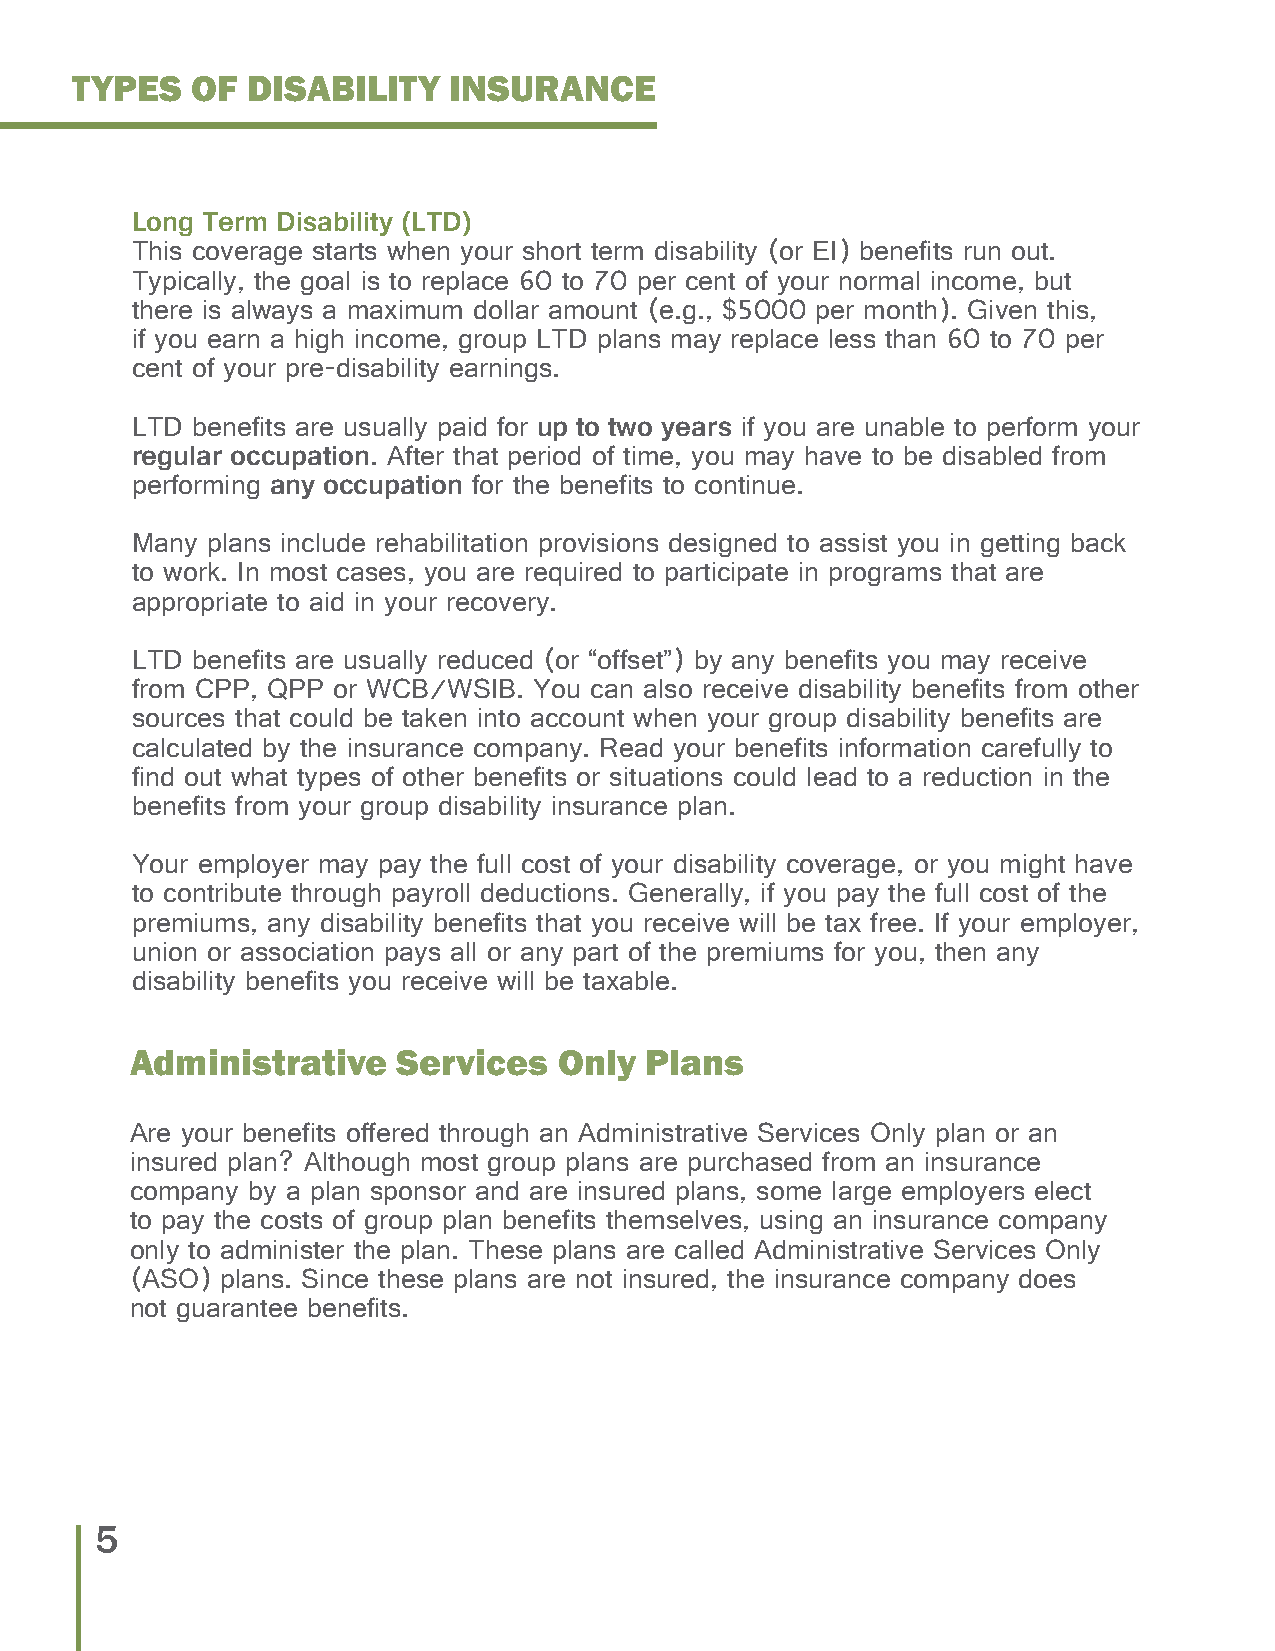
TYPES   OF DISABILITY    INSURANCE
 Long Term Disability (LTD)
 This coverage starts when your short term disability (or EI) benefits run out.
 Typically, the goal is to replace 60 to 70 per cent of your normal income, but
 there is always a maximum dollar amount (e.g., $5000 per month). Given this,
 if you earn a high income, group LTD plans may replace less than 60 to 70 per
 cent of your pre-disability earnings.
 LTD benefits are usually paid for up to two years if you are unable to perform your
 regular occupation. After that period of time, you may have to be disabled from
 performing any occupation for the benefits to continue.
 Many plans include rehabilitation provisions designed to assist you in getting back
 to work. In most cases, you are required to participate in programs that are
 appropriate to aid in your recovery.
 LTD benefits are usually reduced (or “offset”) by any benefits you may receive
 from CPP, QPP or WCB/WSIB. You can also receive disability benefits from other
 sources that could be taken into account when your group disability benefits are
 calculated by the insurance company. Read your benefits information carefully to
 find out what types of other benefits or situations could lead to a reduction in the
 benefits from your group disability insurance plan.
 Your employer may pay the full cost of your disability coverage, or you might have
 to contribute through payroll deductions. Generally, if you pay the full cost of the
 premiums, any disability benefits that you receive will be tax free. If your employer,
 union or association pays all or any part of the premiums for you, then any
 disability benefits you receive will be taxable.
 Administrative   Services   Only  Plans
 Are your benefits offered through an Administrative Services Only plan or an
 insured plan? Although most group plans are purchased from an insurance
 company by a plan sponsor and are insured plans, some large employers elect
 to pay the costs of group plan benefits themselves, using an insurance company
 only to administer the plan. These plans are called Administrative Services Only
 (ASO) plans. Since these plans are not insured, the insurance company does
 not guarantee benefits.
 5